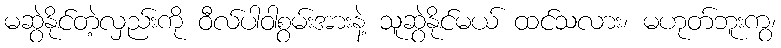
မဆွဲနိုင်တဲ့လှည်းကို ဝီလ်ပါဝါစွမ်းအားနဲ့ သူဆွဲနိုင်မယ် ထင်သလား၊ မဟုတ်ဘူးကွ၊